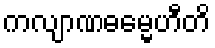
ကလျာဏဓမ္မေဟီတိ